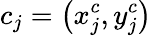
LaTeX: c_{j}=\left(x_{j}^{c},y_{j}^{c}\right)